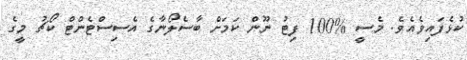
ކުޅެފައިވެއެވެ. މެސީ %100 ފިޓު ނޫން ކަމަށް ބާސެލޯނާގެ އެސިސްޓެންޓް ކޯޗު މީގެ